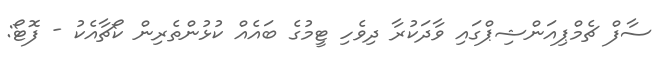
ސާފް ޗެމްޕިއަންޝިޕްގައި ވާދަކުރާ ދިވެހި ޓީމުގެ ބައެއް ކުޅުންތެރިން ކޯޗާއެކު - ފޮޓޯ: